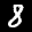
Label: 8